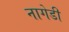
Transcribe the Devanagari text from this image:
नागेडी